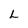
Character: L